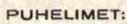
PUHELIMET: